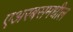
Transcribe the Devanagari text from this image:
एअरबसमधील